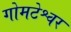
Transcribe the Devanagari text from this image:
गोमटेश्वर